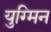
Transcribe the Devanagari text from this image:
युग्मिन